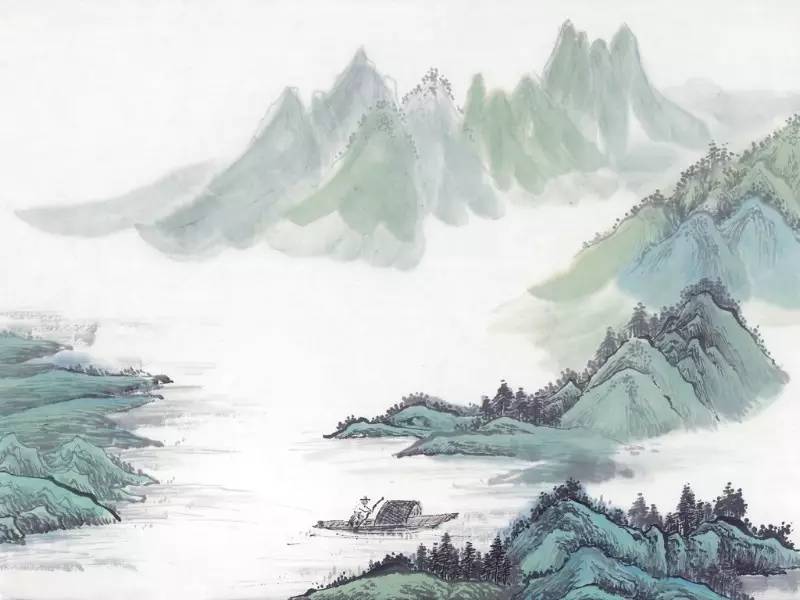
浮天水送无穷树，带雨云埋一半山。